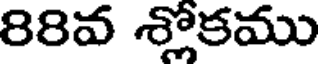
88వ శ్లోకము